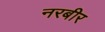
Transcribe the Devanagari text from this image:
नरबीर